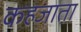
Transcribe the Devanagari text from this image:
कहजाता